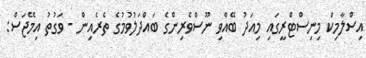
އިސްލާމިކް މިނިސްޓްރީގައި މިއަދު ބޭއްވި ނޫސްވެރިންގެ ބައްދަލުވުމުގެ ތެރެއިން - ވަގުތު އިމޭޖަސް: